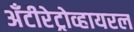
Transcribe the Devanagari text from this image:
अँटीरेट्रोव्हायरल